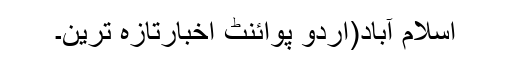
اسلام آباد(اُردو پوائنٹ اخبارتازہ ترین۔